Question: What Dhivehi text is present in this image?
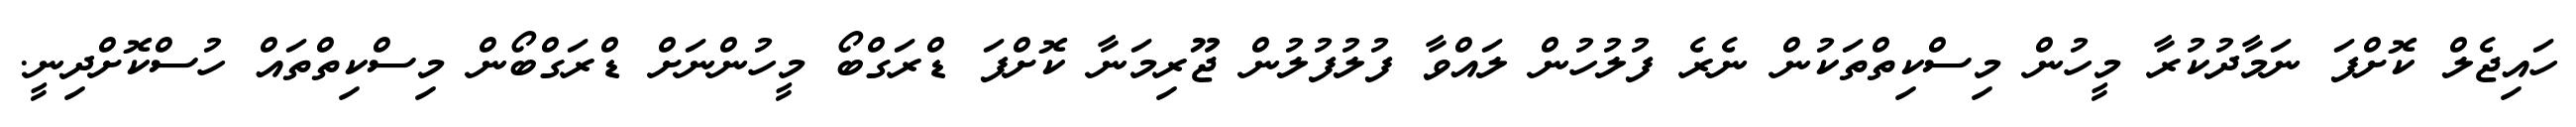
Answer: ހައިޖެލް ކޮށްފަ ނަމާދުކުރާ މީހުން މިސްކިތްތަކުން ނެރެ ފުލުހުން ލައްވާ ފުލުފުލުން ޖޫރިމަނާ ކޮށްފަ ޑްރަގްބޯ މީހުންނަށް ޑްރަގްބޯން މިސްކިތްތައް ހުސްކޮށްދިނީ.